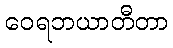
ဝေရဘယာတီတာ